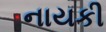
નાયકી